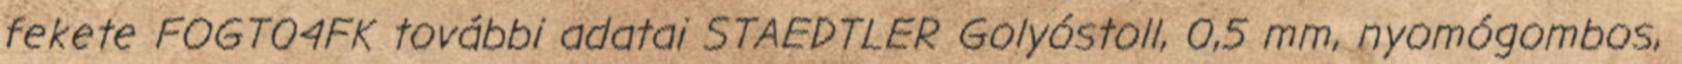
fekete FOGT04FK további adatai STAEDTLER Golyóstoll, 0,5 mm, nyomógombos,